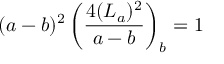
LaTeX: ( a - b ) ^ { 2 } \left( \frac { 4 ( L _ { a } ) ^ { 2 } } { a - b } \right) _ { b } = 1